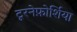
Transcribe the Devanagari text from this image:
टूरनेफ़ोर्शिया